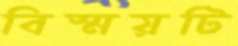
বিস্ময়টি